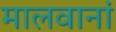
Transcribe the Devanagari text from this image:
मालवानां